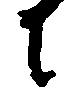
に